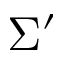
\Sigma ^ { \prime }